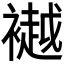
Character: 𫌐